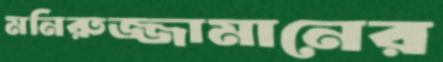
মনিরুজ্জামানের